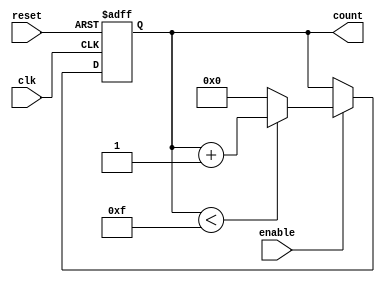
module binary_counter #(
    parameter MIN_VALUE = 0,       // Minimum count value
    parameter MAX_VALUE = 15       // Maximum count value (adjust as needed)
)(
    input wire clk,                // Clock signal
    input wire reset,              // Asynchronous reset signal
    input wire enable,             // Enable signal
    output reg [$clog2(MAX_VALUE+1)-1:0] count // Current count value
);

    // Internal parameters
    localparam MAX_COUNT = MAX_VALUE - MIN_VALUE + 1; // Total count range

    // Always block for counter logic
    always @(posedge clk or posedge reset) begin
        if (reset) begin
            count <= MIN_VALUE; // Reset to minimum value
        end else if (enable) begin
            if (count < MAX_VALUE) begin
                count <= count + 1; // Increment count
            end else begin
                count <= MIN_VALUE; // Wrap around to minimum value
            end
        end
    end

endmodule